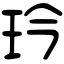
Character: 玪